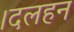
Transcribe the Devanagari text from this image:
।दलहन